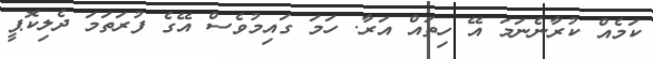
ކަމެއް ކުރާނެނަމަ އޭ ހިތައް އަރާ. ހަމަ ގައިމުވެސް އޭގެ ފުރަތަމަ ދެލިކޮޕީ